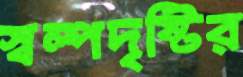
স্বল্পদৃষ্টির